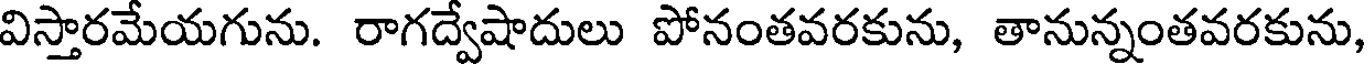
విస్తారమేయగును. రాగద్వేషాదులు పోనంతవరకును, తానున్నంతవరకును,